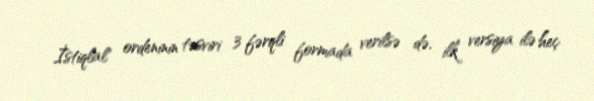
İstiqlal" ordeninin təsviri 3 fərqli formada verilsə də, ilk versiya ilə heç